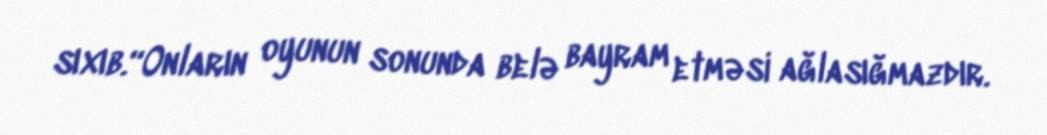
sıxıb.“Onların oyunun sonunda belə bayram etməsi ağlasığmazdır.